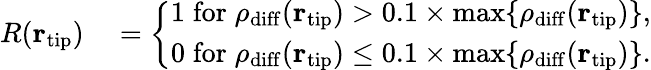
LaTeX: \begin{array}{rl}{R({\mathbf r}_{\mathrm{tip}})}&{{}=\bigg\{ \begin{array}{c}{1\; \mathrm{for}\; \rho_{\mathrm{diff}}({\mathbf r}_{\mathrm{tip}})>0.1\times\mathrm{max}\{ \rho_{\mathrm{diff}}({\mathbf r}_{\mathrm{tip}})\} ,}\\ {0\; \mathrm{for}\; \rho_{\mathrm{diff}}({\mathbf r}_{\mathrm{tip}})\le 0.1\times\mathrm{max}\{ \rho_{\mathrm{diff}}({\mathbf r}_{\mathrm{tip}})\} .}\end{array}}\end{array}